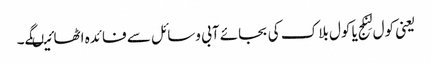
یعنی کول لِنکج یا کول بلاک کی بجائے آبی وسائل سے فائدہ اٹھائیںگے۔